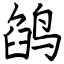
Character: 鹐